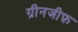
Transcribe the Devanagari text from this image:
ग्रीनजीफ़